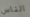
الناس